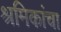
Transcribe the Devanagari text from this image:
श्रमिकांचा